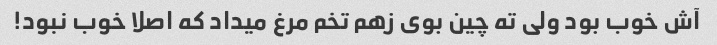
آش خوب بود ولی ته چین بوی زهم تخم مرغ میداد که اصلا خوب نبود!